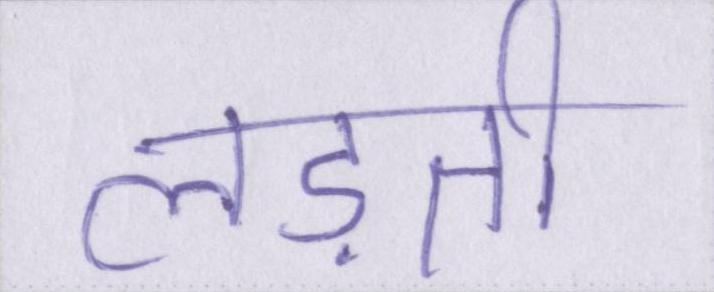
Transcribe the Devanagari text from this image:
लड़ती